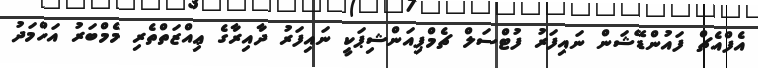
އެފްއެޗް ފައުންޑޭޝަން ނައިފަރު ފުޓްސަލް ޗެމްޕިއަންޝިޕަކީ ނައިފަރު ދާއިރާގެ ޢިއްޒަތްތެރި މެމްބަރު އަހްމަދު